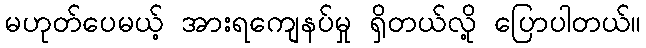
မဟုတ်ပေမယ့် အားရကျေနပ်မှု ရှိတယ်လို့ ပြောပါတယ်။